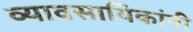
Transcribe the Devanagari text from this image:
व्यावसायिकांनी